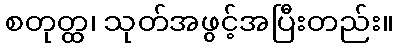
စတုတ္ထ၊ သုတ်အဖွင့်အပြီးတည်း။